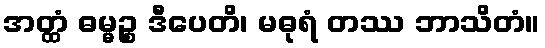
အတ္ထံ ဓမ္မဉ္စ ဒီပေတိ၊ မဓုရံ တဿ ဘာသိတံ။